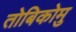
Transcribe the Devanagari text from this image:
तोबिकोमु